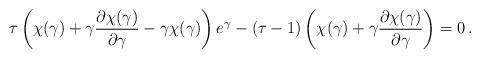
LaTeX: \begin{align*} \tau\left( \chi(\gamma) + \gamma \frac{\partial \chi(\gamma)}{\partial\gamma} - \gamma\chi(\gamma) \right) e^{\gamma} - (\tau-1)\left(\chi(\gamma) + \gamma\frac{\partial\chi(\gamma)}{\partial \gamma} \right) = 0 \,.\end{align*}